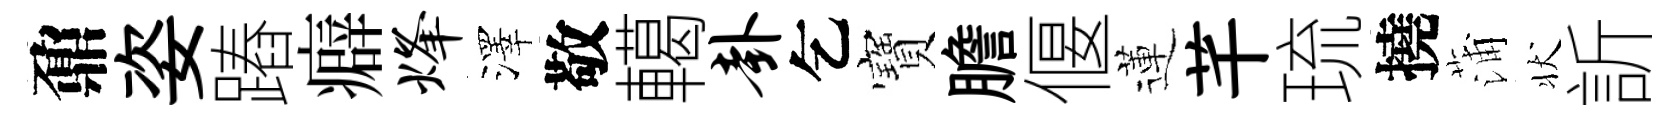
鼐姿蹖癖烽澤敬轕卦乞寶膽偃蓮芊琉撓蒲状訢